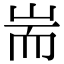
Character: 耑